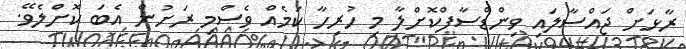
ރާޅަށް ޖައްސާލައި ވިންޑްސާފްކޮށްލާ މި ހުރިހާ ކަމެއް ވެސްމި ރަށުން އެބަ ކޮށްލެވޭ.